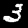
Label: 3